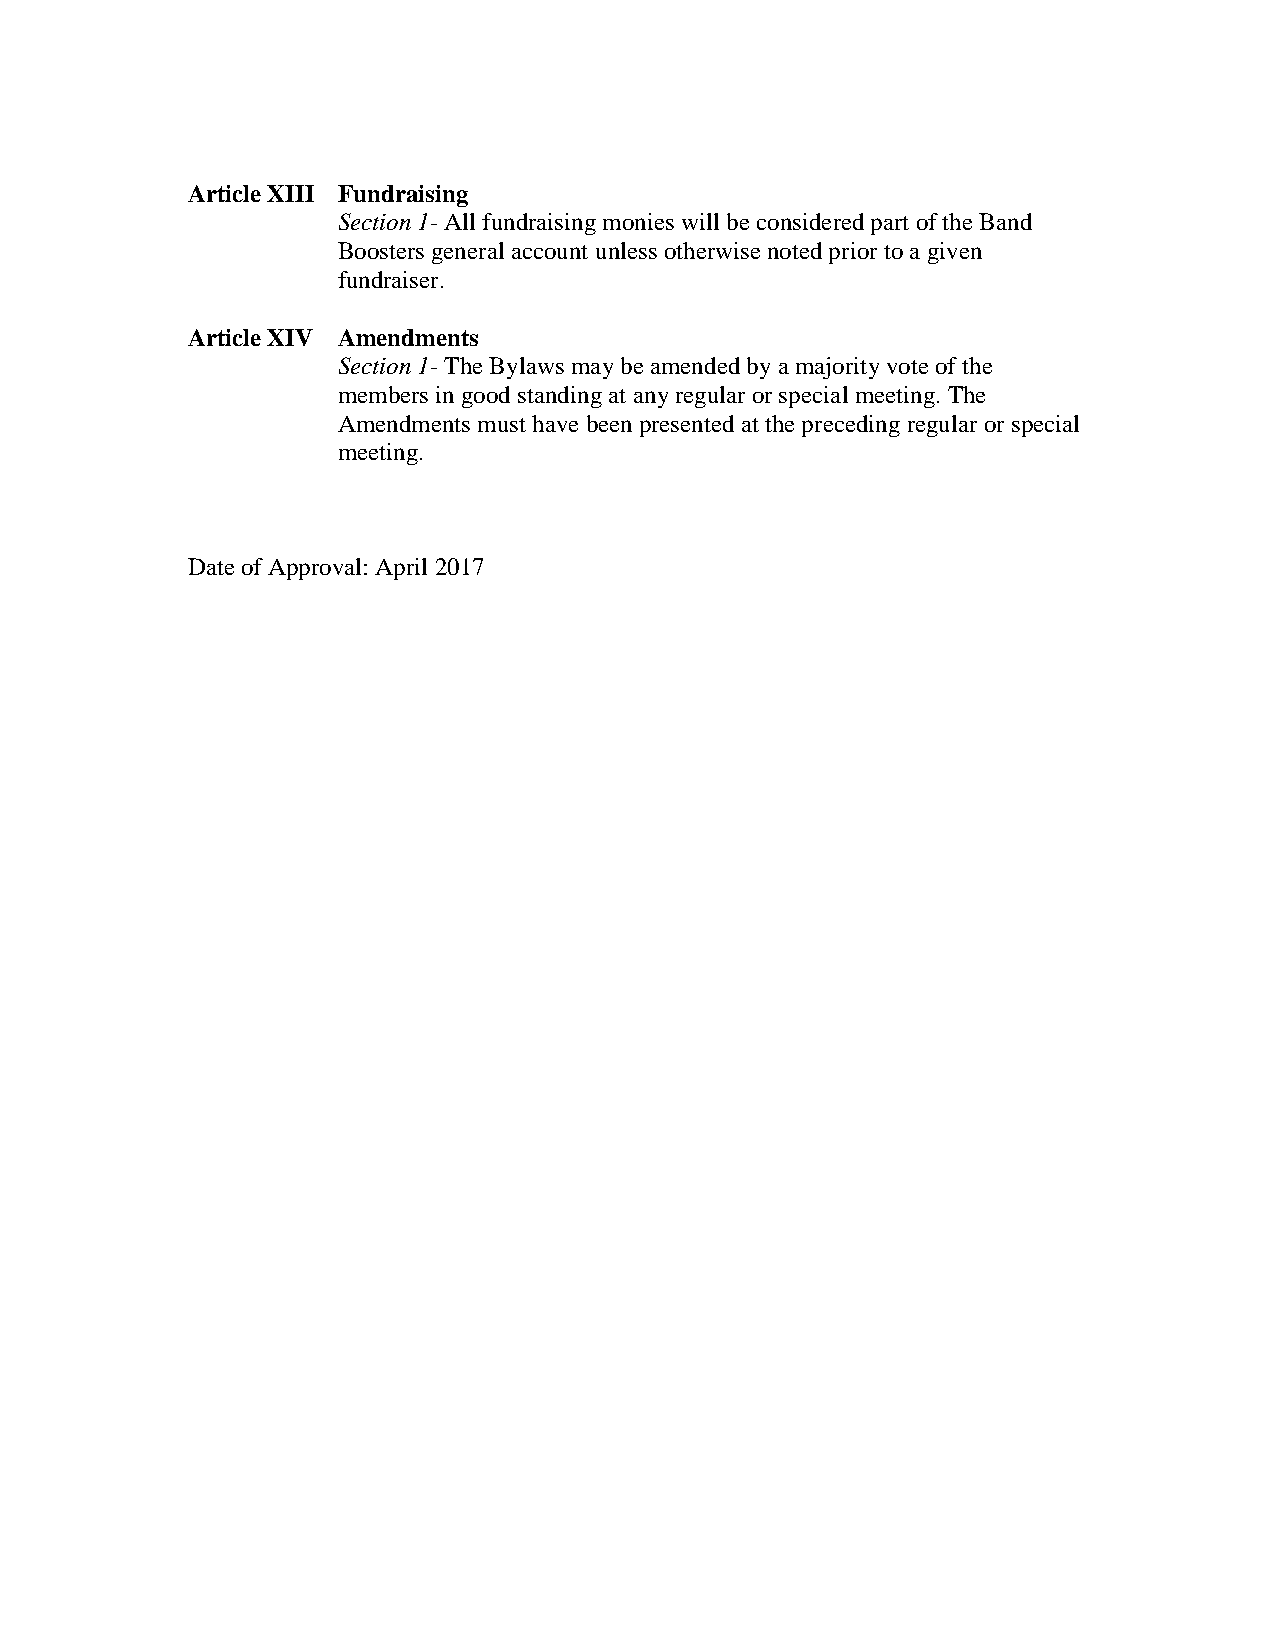
Article XIII Fundraising
 Section 1- All fundraising monies will be considered part of the Band
 Boosters general account unless otherwise noted prior to a given
 fundraiser.
 Article XIV Amendments
 Section 1- The Bylaws may be amended by a majority vote of the
 members in good standing at any regular or special meeting. The
 Amendments must have been presented at the preceding regular or special
 meeting.
 Date of Approval: April 2017